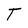
Character: T